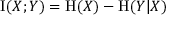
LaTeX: \operatorname { I } ( X ; Y ) = \operatorname { H } ( X ) - \operatorname { H } ( Y | X )